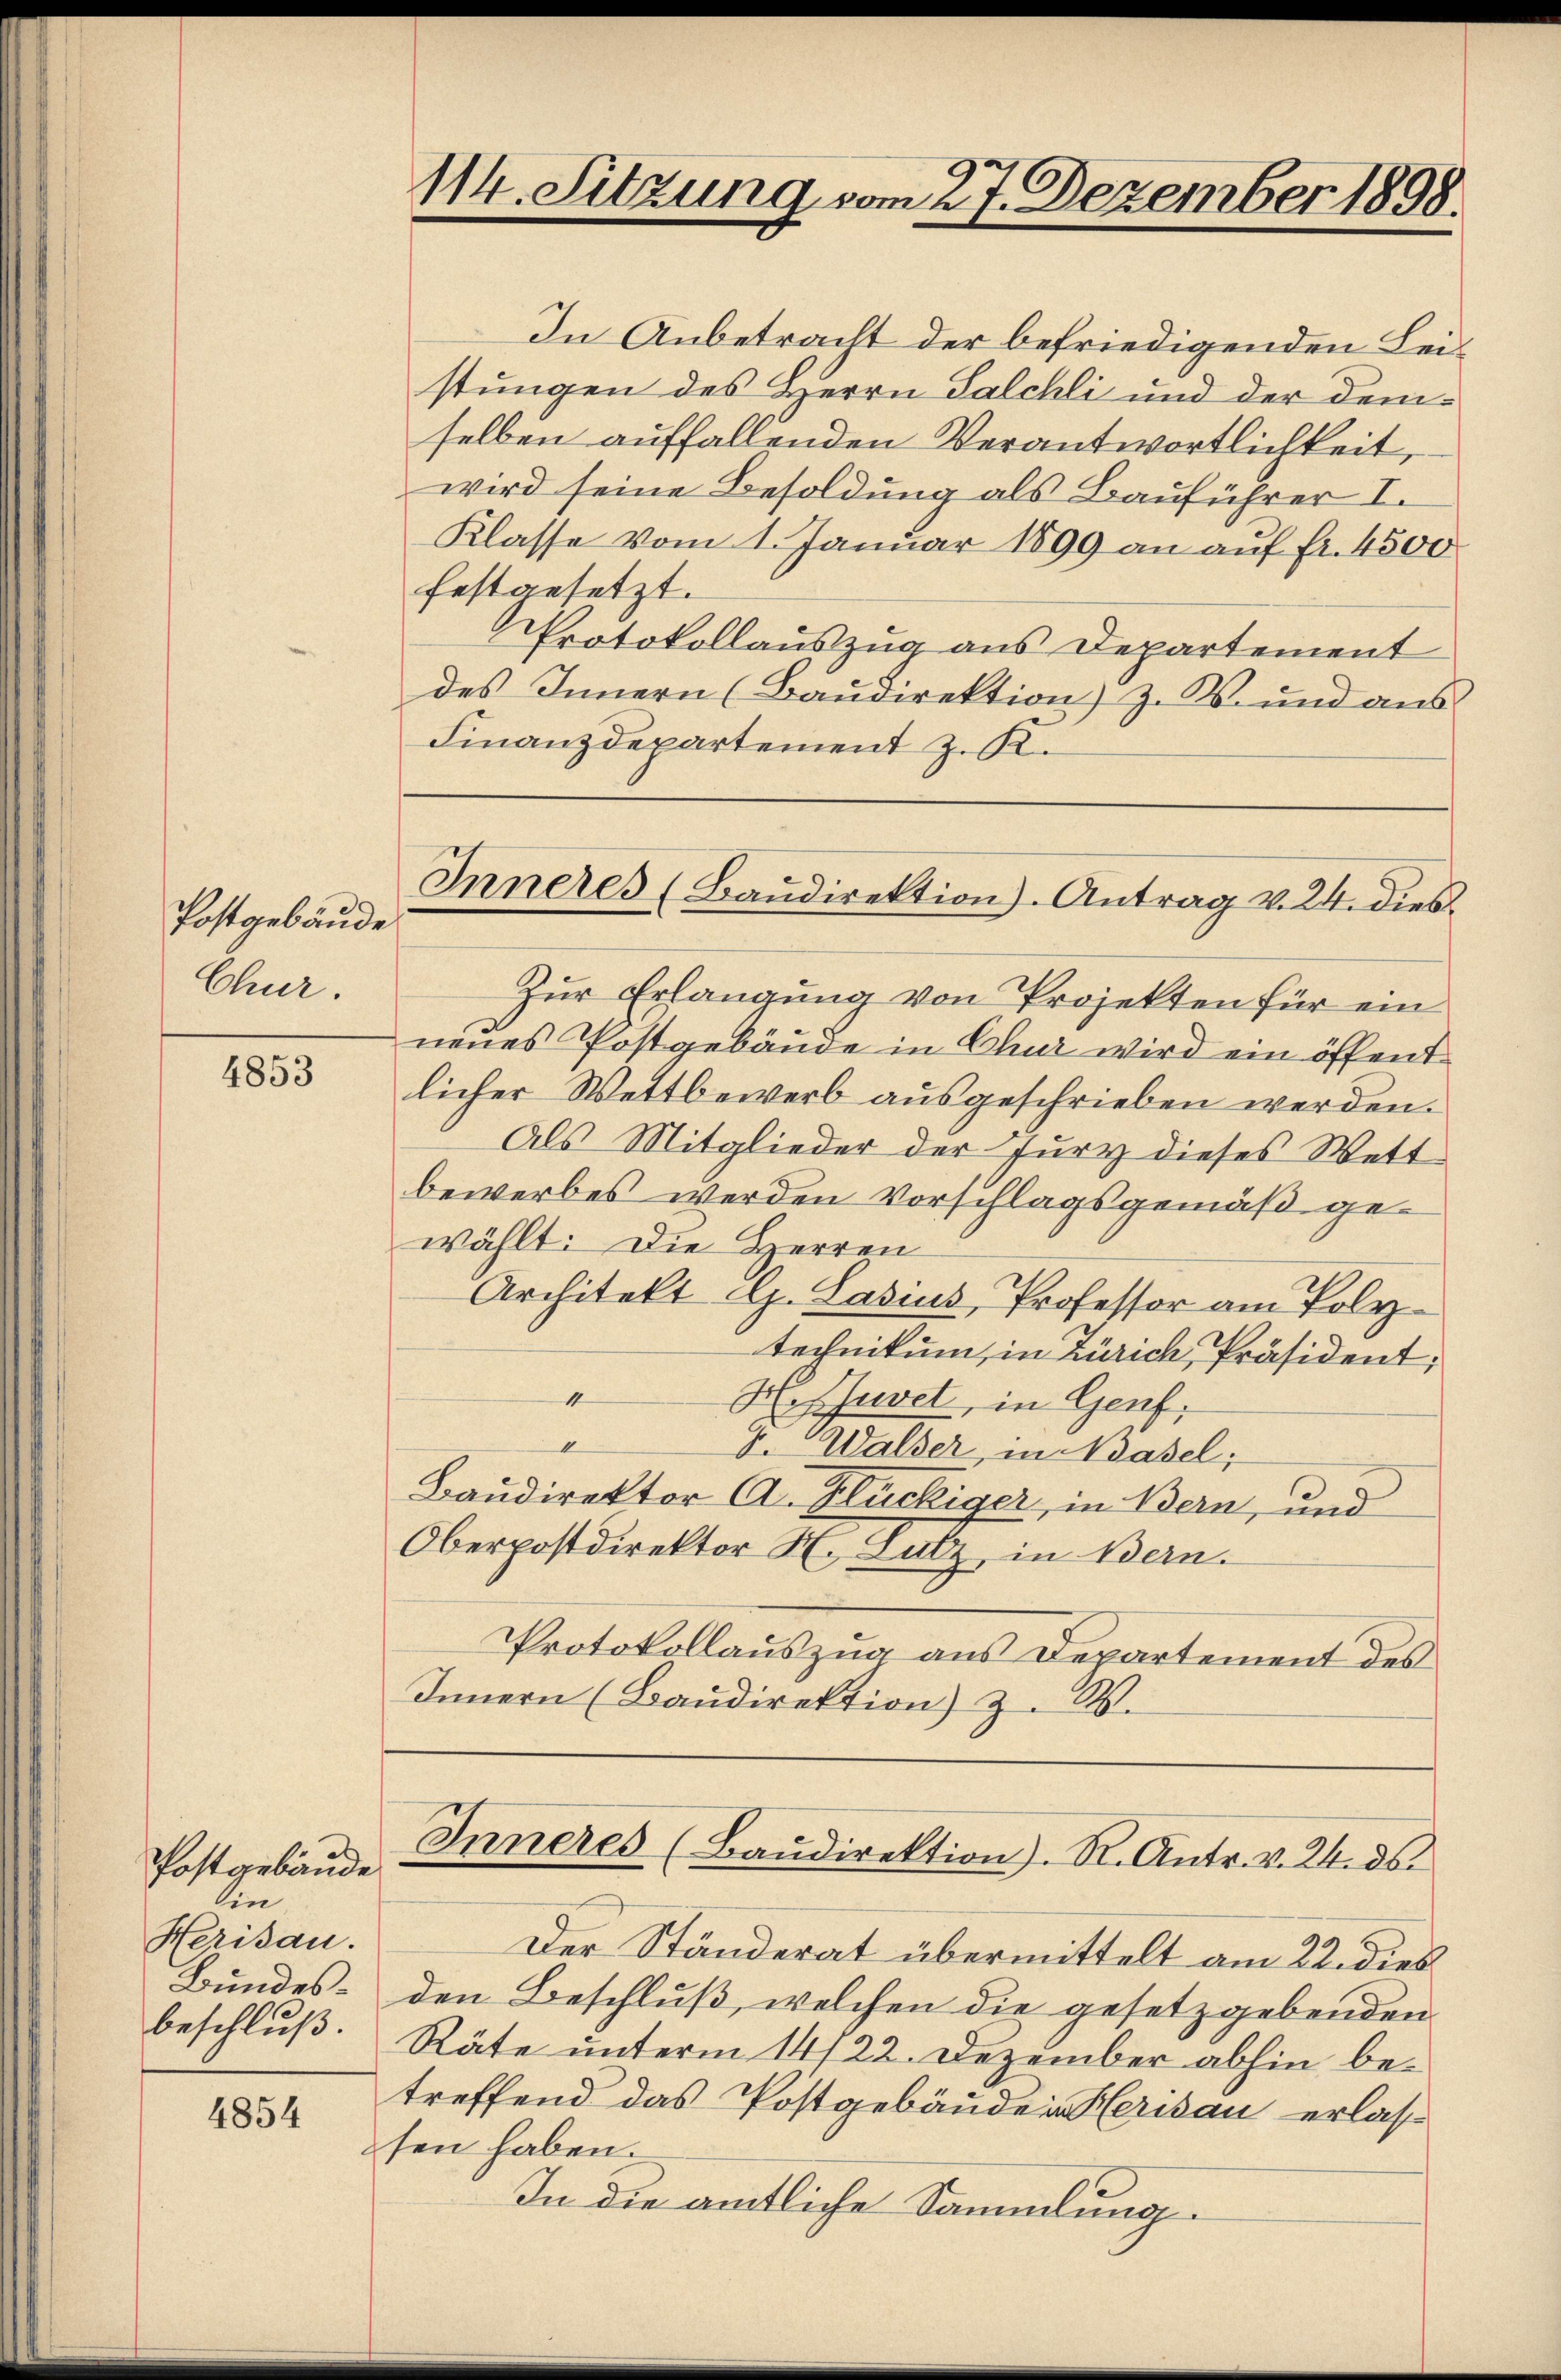
Postgebäude
Chur.

4853

Postgebäude.
lin
Herisau.
Bundesbeschluß.

4854

In Anbetracht der befriedigenden Leistungen des Herrn Salchli und der demselben auffallenden Verantwortlichkeit,
wird seine Besoldung als Bauführer I.
Klasse vom 1. Januar 1899 an auf fr. 4500
festgesetzt.
Protokollauszug aus Departement
des Innern (Baŭdirektion) z. B. und aus
Finanzdepartement z. R.
Zur Erlangung von Projekten für ein
neues Postgebäude in Chur wird ein öffent
licher Wettbewerb ausgeschrieben werden.
Als Mitglieder der Jury dieses Wett
bewerbes werden Vorschlagsgemäß gewählt: Die Herren
Architekt C. Lasius, Professor am Polytechnikum, in Zürich, Präsident;
4
H. Sevet, in Genf,
d
F. Walser, in dasel;
Baudirektor A. Flückiger, in Bern, und
Oberpostdirektor H. Lutz, in Bern.
Protokollauszug aus Departement des
Innern (Baŭdirektion) z. B.
Inneres (Baŭdirektion). R. Antr. v. 24. ds.
Der Ständerat übermittelt am 22. dies
den Beschluß, welchen die gesetzgebenden
Räte unterm 14/22. Dezember abhin betreffend das Postgebäuden Herisau erlassen haben.
In die amtliche Sammlung.

114. Sitzung vom 27. Dezember 1898.

Inneres (Baŭdirektion). Antrag v. 24. dies